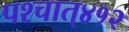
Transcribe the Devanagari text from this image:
पश्‍चात्‌४१२